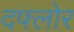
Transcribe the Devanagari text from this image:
दफ्लोर